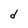
Character: d